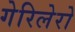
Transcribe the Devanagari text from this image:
गेरिलेरो